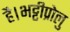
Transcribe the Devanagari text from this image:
है।भट्टीप्रोलु